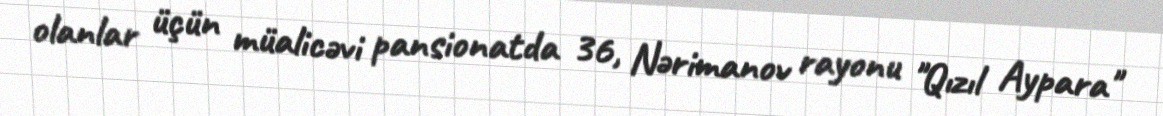
olanlar üçün müalicəvi pansionatda 36, Nərimanov rayonu "Qızıl Aypara"